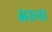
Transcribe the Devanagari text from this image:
अरूस